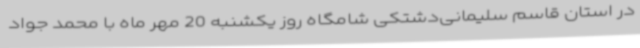
در استان قاسم سلیمانی‌دشتکی شامگاه روز یکشنبه 20 مهر ماه با محمد جواد